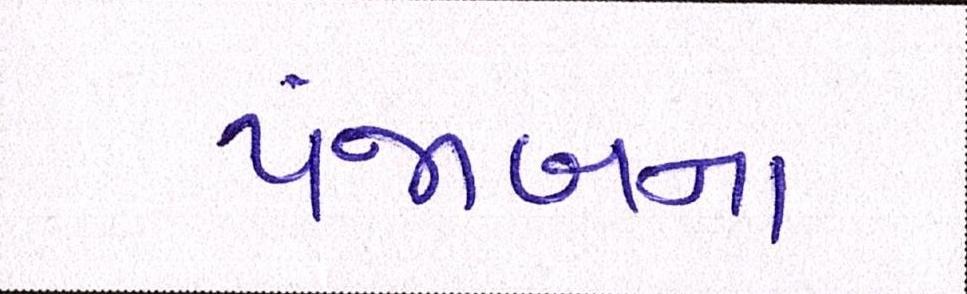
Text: પંજાબના